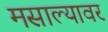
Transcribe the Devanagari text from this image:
मसाल्यावर